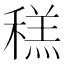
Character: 䅵